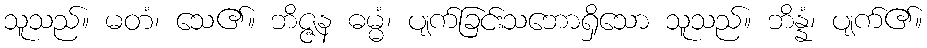
သူသည်။ မတံ၊ သေ၏။ ဘိဇ္ဇန ဓမ္မံ၊ ပျက်ခြင်းသဘောရှိသော သူသည်။ ဘိန္နံ၊ ပျက်၏။